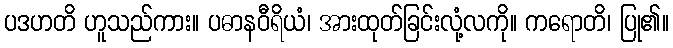
ပဒဟတိ ဟူသည်ကား။ ပဓာနဝီရိယံ၊ အားထုတ်ခြင်းလုံ့လကို။ ကရောတိ၊ ပြု၏။